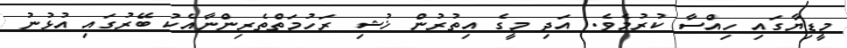
މީޑިޔާގައި ހިއްސާ ކުރުމެވެ. އަދި މީގެ އިތުރުން ޚުޝި ރަހުމަތްތެރިންނާއެކު ބޭރުގައި އުޅުނު